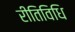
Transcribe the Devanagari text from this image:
रीतिविधि